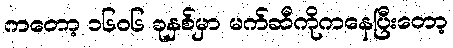
ကတော့ ၁၆၀၆ ခုနှစ်မှာ မက်ဆီကိုကနေပြီးတော့